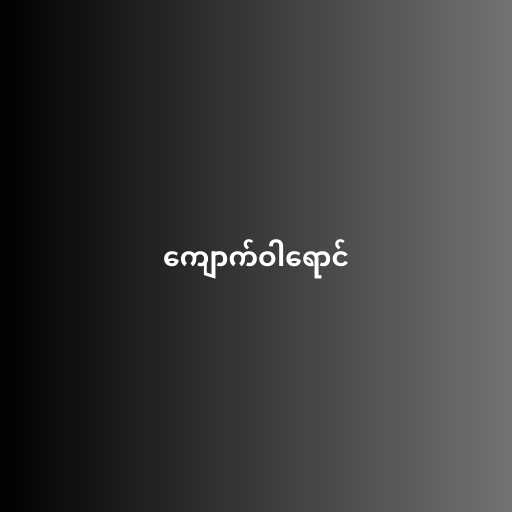
ကျောက်ဝါရောင်